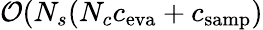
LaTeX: \mathcal{O}(N_{s}(N_{c}c_{\mathrm{eva}}+c_{\mathrm{samp}})